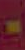
-